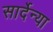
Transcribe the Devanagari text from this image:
सार्देन्या